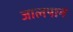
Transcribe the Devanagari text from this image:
जालपान